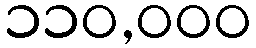
၁၁၀,၀၀၀